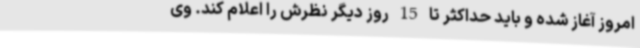
امروز آغاز شده و باید حداکثر تا 15 روز دیگر نظرش را اعلام کند. وی